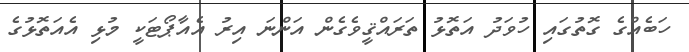
ހަބެއްގެ ގޮތުގައި ހުވަދު އަތޮޅު ތަރައްޤީވެގެން އަންނަ އިރު އެއާޕޯޓަކީ މުޅި އެއަތޮޅުގެ